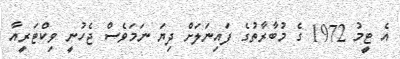
އެ ޓީމު 1972 ގެ މުބާރާތުގެ ފައިނަލަށް ދިޔަ ނަމަވެސް ޖެހުނީ ވިކްޓަރީއާ